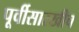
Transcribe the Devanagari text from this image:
पूर्वीसारखीच